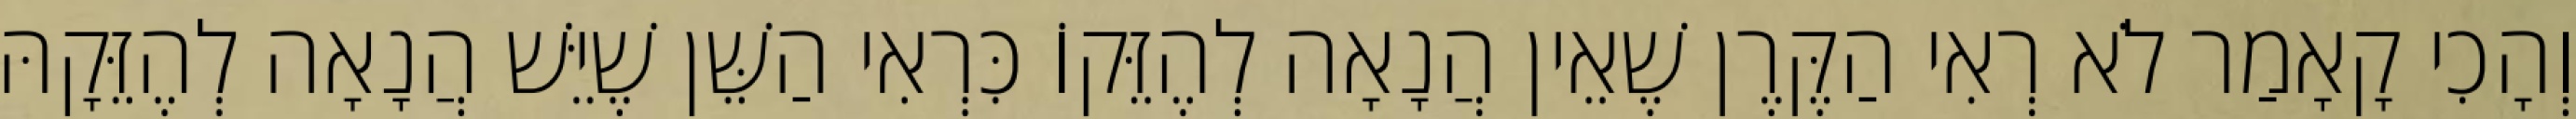
וְהָכִי קָאָמַר לֹא רְאִי הַקֶּרֶן שֶׁאֵין הֲנָאָה לְהֶזֵּקוֹ כִּרְאִי הַשֵּׁן שֶׁיֵּשׁ הֲנָאָה לְהֶזֵּקָהּ